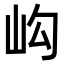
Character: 𡵺